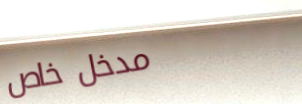
مدخل خاص